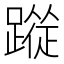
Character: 𮜉